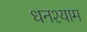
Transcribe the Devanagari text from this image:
धनश्याम